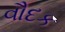
વૌદક